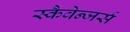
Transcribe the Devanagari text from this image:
स्कैवेन्जर्स